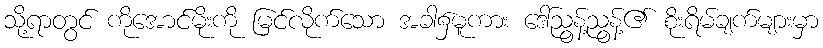
သို့ရာတွင် ကိုအောင်မိုးကို မြင်လိုက်သော အခါ၌မူကား ဒေါ်ညွန့်ညွန့်၏ စိုးရိမ်ချက်များမှာ